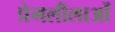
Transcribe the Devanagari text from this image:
प्रेमलीलाओं